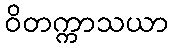
ဝိတက္ကာသယာ